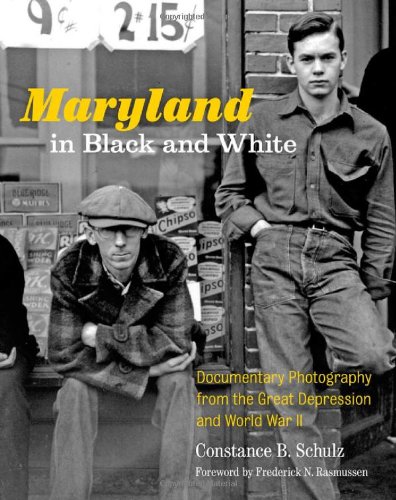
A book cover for Maryland in Black and White: Documentary Photography from the Great Depression and World War II; Constance B. Schulz; Arts & Photography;